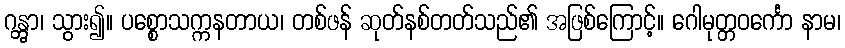
ဂန္တွာ၊ သွား၍။ ပစ္စောသက္ကနတာယ၊ တစ်ဖန် ဆုတ်နစ်တတ်သည်၏ အဖြစ်ကြောင့်။ ဂေါမုတ္တဝင်္ကော နာမ၊